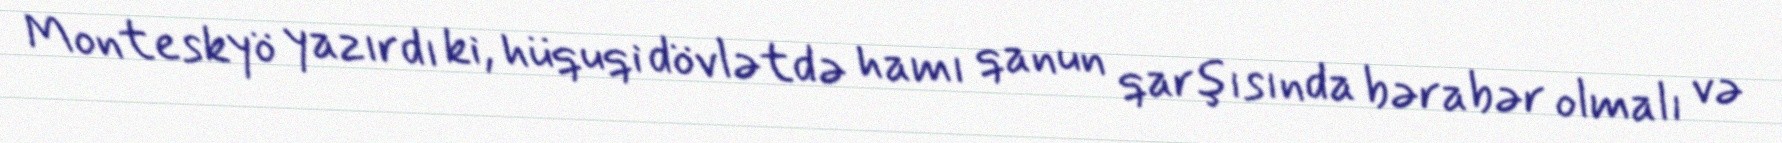
Monteskyö yazırdı ki, hüquqi dövlətdə hamı qanun qarşısında bərabər olmalı və